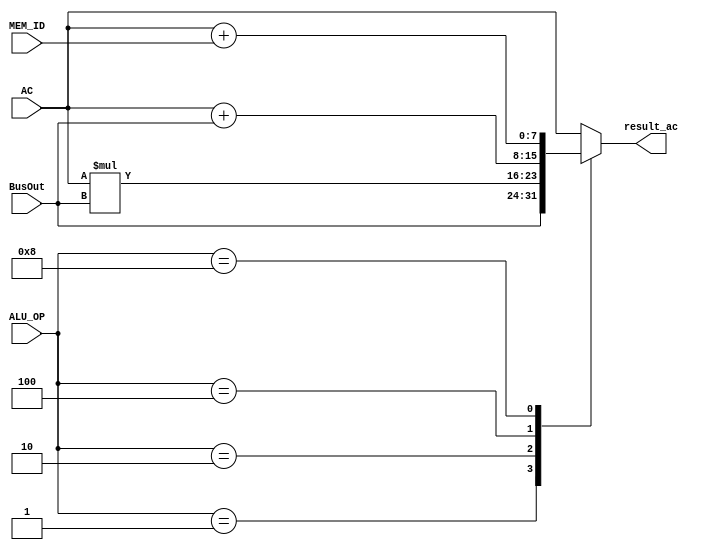
module Alu #(
    parameter WIDTH = 8
) (
    input [WIDTH-1:0] AC, BusOut,
    input [3:0] ALU_OP,
    input [WIDTH-1:0] MEM_ID,
    output [WIDTH-1:0] result_ac
);

	localparam SET = 4'b0001;
	localparam MUL = 4'b0010;
	localparam ADD = 4'b0100;
    localparam ADDMEM = 4'b1000;

    
    reg [WIDTH-1:0] result;
    
    always @(*) begin
    	case (ALU_OP)
            SET: 
                result<=BusOut;
            MUL:
                result<=AC*BusOut;
            ADD:
                result<=AC+BusOut;
            ADDMEM:
                result <= AC+MEM_ID;
            default: 
                result<=AC;
        endcase    
    end
    assign result_ac = result;
		 
endmodule